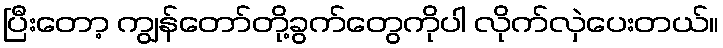
ပြီးတော့ ကျွန်တော်တို့ခွက်တွေကိုပါ လိုက်လှဲပေးတယ်။